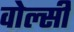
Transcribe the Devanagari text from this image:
वोल्सी